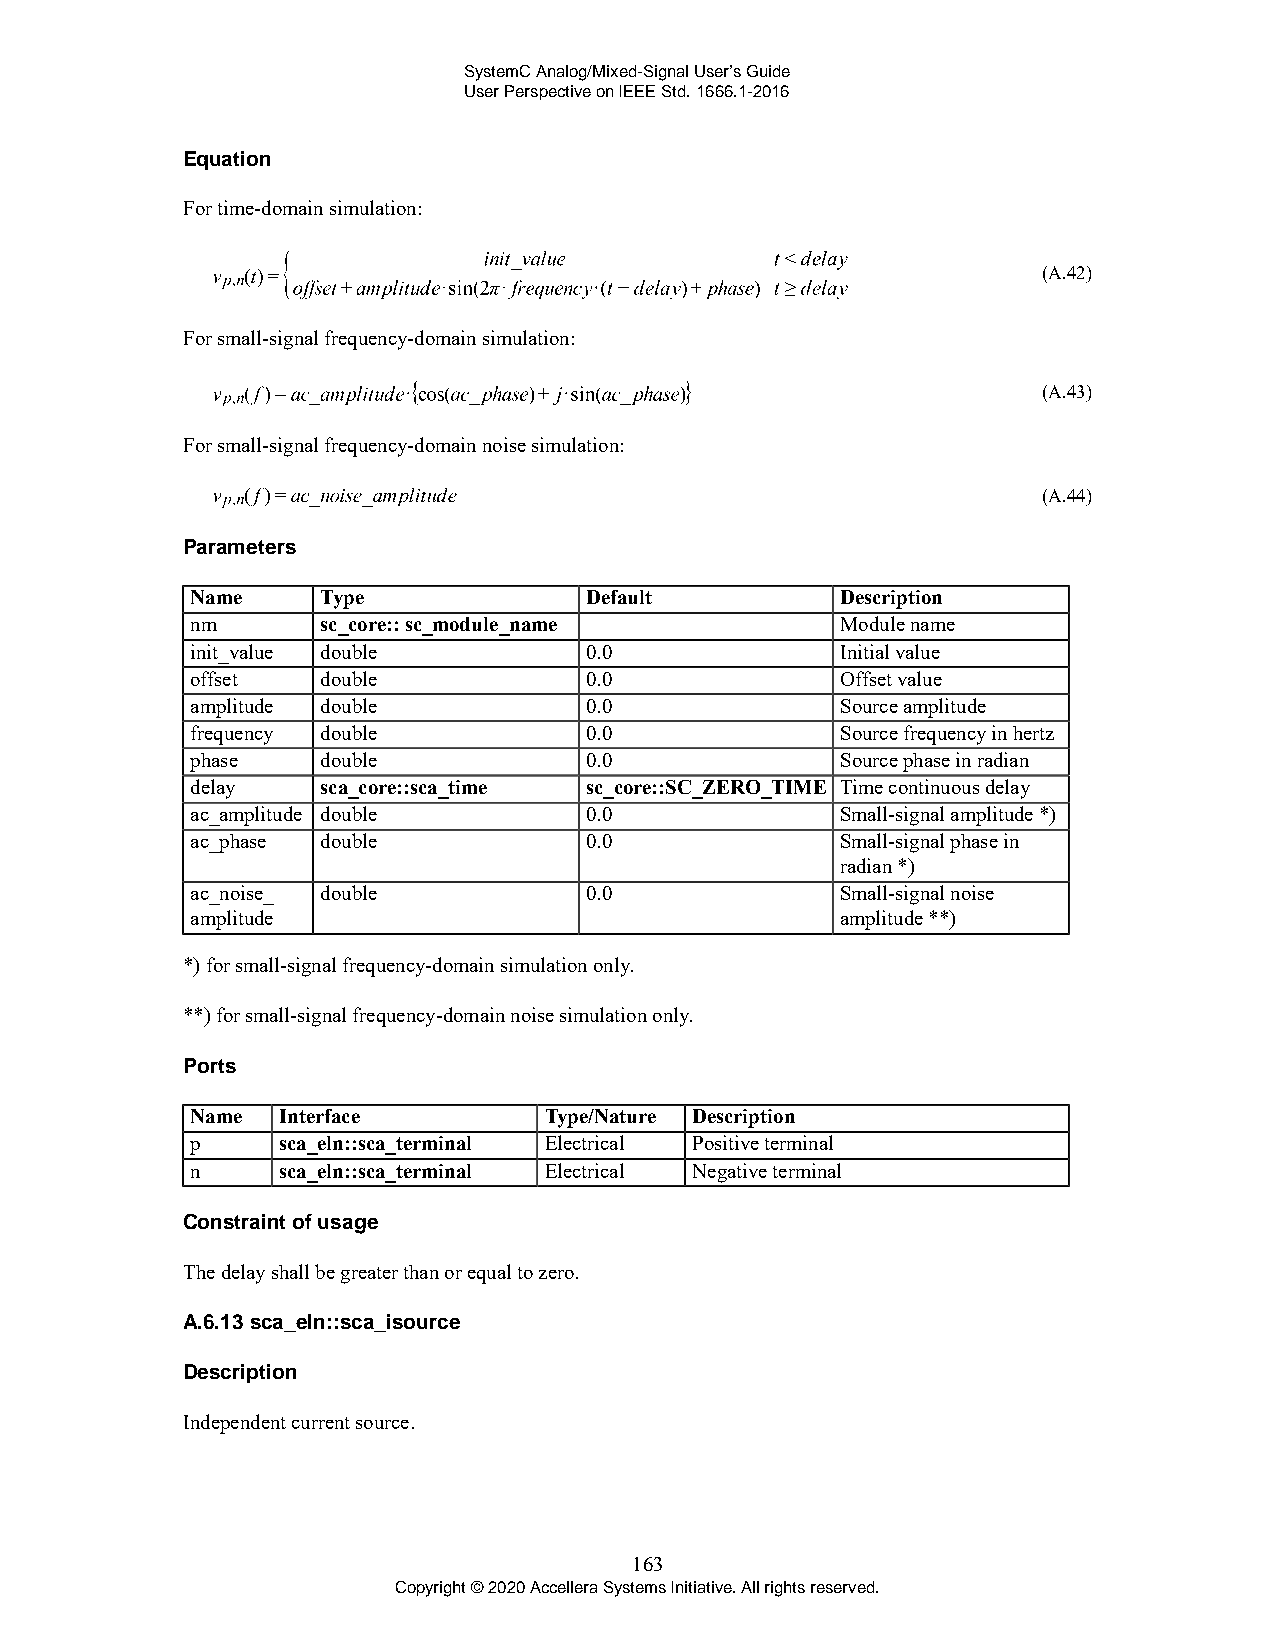
SystemC Analog/Mixed-Signal User’s Guide
 User Perspective on IEEE Std. 1666.1-2016
 Equation
 For time-domain simulation:
 (A.42)
 For small-signal frequency-domain simulation:
 (A.43)
 For small-signal frequency-domain noise simulation:
 (A.44)
 Parameters
 Name    Type              Default          Description
 nm      sc_core:: sc_module_name           Module name
 init_value double         0.0              Initial value
 offset  double            0.0              Offset value
 amplitude double          0.0              Source amplitude
 frequency double          0.0              Source frequency in hertz
 phase   double            0.0              Source phase in radian
 delay   sca_core::sca_time sc_core::SC_ZERO_TIME Time continuous delay
 ac_amplitude double       0.0              Small-signal amplitude *)
 ac_phase double           0.0              Small-signal phase in
 radian *)
 ac_noise_ double          0.0              Small-signal noise
 amplitude                                  amplitude **)
 *) for small-signal frequency-domain simulation only.
 **) for small-signal frequency-domain noise simulation only.
 Ports
 Name Interface         Type/Nature Description
 p    sca_eln::sca_terminal Electrical Positive terminal
 n    sca_eln::sca_terminal Electrical Negative terminal
 Constraint of usage
 The delay shall be greater than or equal to zero.
 A.6.13 sca_eln::sca_isource
 Description
 Independent current source.
 163
 Copyright © 2020 Accellera Systems Initiative. All rights reserved.